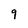
Character: 9